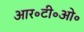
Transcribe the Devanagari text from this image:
आर॰टी॰ओ॰